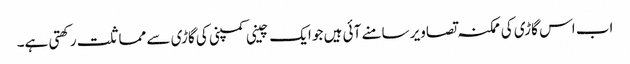
اب اس گاڑی کی ممکنہ تصاویر سامنے آئی ہیں جو ایک چینی کمپنی کی گاڑی سے مماثلت رکھتی ہے۔